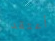
أعتقد